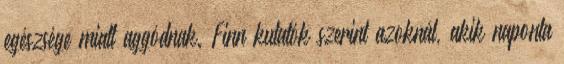
egészsége miatt aggódnak. Finn kutatók szerint azoknál, akik naponta